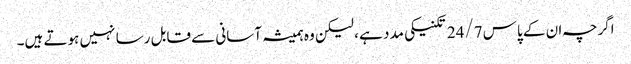
اگرچہ ان کے پاس 24/7 تکنیکی مدد ہے ، لیکن وہ ہمیشہ آسانی سے قابل رسا نہیں ہوتے ہیں۔